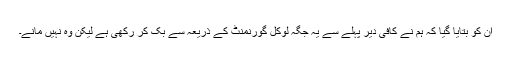
ان کو بتایا گیا کہ ہم نے کافی دیر پہلے سے یہ جگہ لوکل گورنمنٹ کے ذریعہ سے بُک کر رکھی ہے لیکن وہ نہیں مانے۔